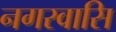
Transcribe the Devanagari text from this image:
नगरवासि